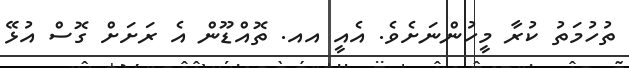
ތުހުމަތު ކުރާ މީހުންނަށެވެ. އެއީ އއ. ތޮއްޑޫން އެ ރަށަށް ގޮސް އުޅޭ